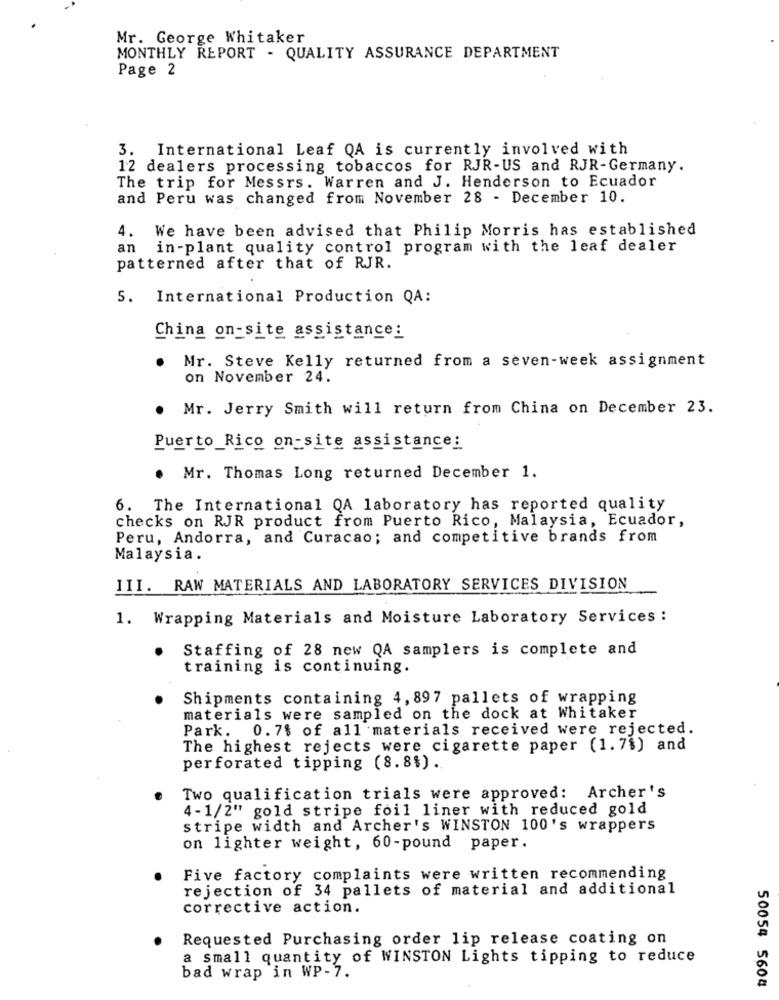
Mr. George Whitaker
MONTHLY REPORT - QUALITY ASSURANCE DEPARTMENT
Page 2
3. International Leaf QA is currently involved with
12 dealers processing tobaccos for RJR-US and RJR-Germany.
The trip for Messrs. Warren and J. Henderson to Ecuador
and Peru was changed from November 28 - December 10.
4.
We have been advised that Philip Morris has established
an
in-plant quality control program with the leaf dealer
patterned after that of RJR.
5. International Production QA:
China on-site assistance:
. Mr. Steve Kelly returned from a seven-week assignment
on November 24.
Mr. Jerry Smith will return from China on December 23.
.
Puerto Rico on-site assistance:
. Mr. Thomas Long returned December 1.
6. The International QA laboratory has reported quality
checks on RJR product from Puerto Rico, Malaysia, Ecuador,
Peru, Andorra, and Curacao; and competitive brands from
Malaysia.
III. RAW MATERIALS AND LABORATORY SERVICES DIVISION
1. Wrapping Materials and Moisture Laboratory Services :
Staffing of 28 new QA samplers is complete and
training is continuing.
Shipments containing 4, 897 pallets of wrapping
materials were sampled on the dock at Whitaker
Park. 0.7% of all materials received were rejected.
The highest rejects were cigarette paper (1.7%) and
perforated tipping (8.8%).
Two qualification trials were approved: Archer's
4- 1/2" gold stripe foil liner with reduced gold
stripe width and Archer's WINSTON 100's wrappers
on lighter weight, 60-pound paper.
Five factory complaints were written recommending
rejection of 34 pallets of material and additional
corrective action.
Requested Purchasing order lip release coating on
a small quantity of WINSTON Lights tipping to reduce
bad wrap in WP-7.
50054 5604